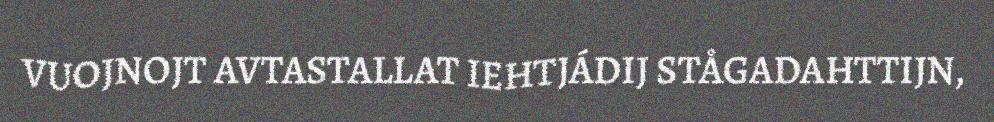
VUOJNOJT AVTASTALLAT IEHTJÁDIJ STÅGADAHTTIJN,